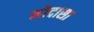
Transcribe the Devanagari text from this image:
मोदासा